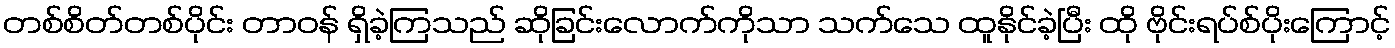
တစ်စိတ်တစ်ပိုင်း တာဝန် ရှိခဲ့ကြသည် ဆိုခြင်းလောက်ကိုသာ သက်သေ ထူနိုင်ခဲ့ပြီး ထို ဗိုင်းရပ်စ်ပိုးကြောင့်